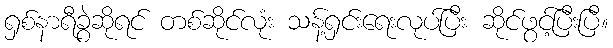
ရှစ်နာရီခွဲဆိုရင် တစ်ဆိုင်လုံး သန့်ရှင်းရေးလုပ်ပြီး ဆိုင်ဖွင့်ပြီးပြီ။